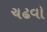
ચઢવો